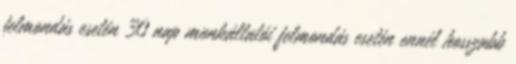
felmondás esetén 30 nap munkáltatói felmondás esetén ennél hosszabb